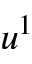
u ^ { 1 }